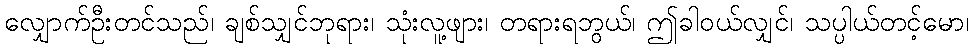
လျှောက်ဦးတင်သည်၊ ချစ်သျှင်ဘုရား၊ သုံးလူ့ဖျား၊ တရားရဘွယ်၊ ဤခါဝယ်လျှင်၊ သပ္ပါယ်တင့်မော၊